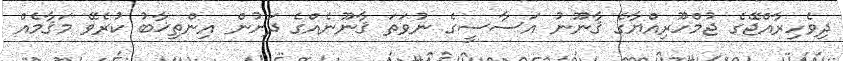
ދިވެހިރާއްޖޭގެ ޖުމްހޫރިއްޔާގެ ޤާނޫނު އަސާސީގެ ނުވަތަ ޤާނޫނެއްގެ ދަށުން އިންތިޚާބު ކުރެވޭ މަޤާމެއް